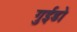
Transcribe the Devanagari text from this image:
गुईडो